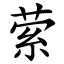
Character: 萦